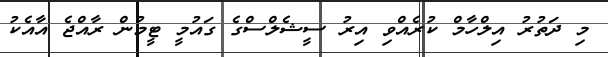
މި ދަތުރު އިލްހާމް ކުރެއްވި އިރު ސީޝެލްސްގެ ގައުމީ ޓީމުން ރާއްޖެ އާއެކު